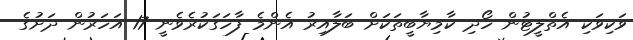
ވަކިވަކި އެތްލީޓުން ހޯދި ކާމިޔާބީތަކަށް ބަލާއިރު އެންމެ ފާހަގަކުރެވެނީ 17 އަހަރުން ދަށުގެ